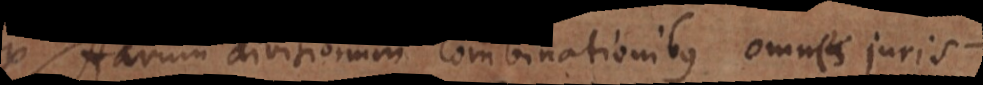
Ex Harum divisionum combinationibus omnes juris